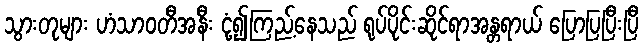
သွားတုများ ဟံသာဝတီအနီး ငုံ့၍ကြည့်နေသည် ရုပ်ပိုင်းဆိုင်ရာအန္တရာယ် ပြောပြပြီးပြီ